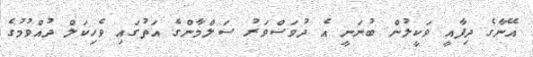
އޭނާގެ ދިފާއީ ވަކީލުން ބުނަނީ އެ ދުވަސްވަރު ސަލްމާންގެ އަތުގައި ވެހިކަލް ދުއްވުމުގެ